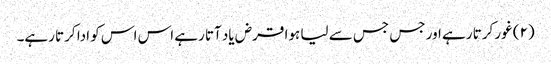
(۲) غور کرتا رہے اور جس جس سے لیا ہوا قرض یاد آتا رہے اس اس کو ادا کرتا رہے۔